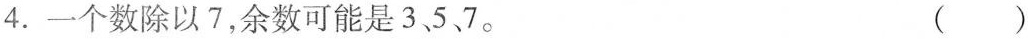
4.一个数除以7，余数可能是3、5、7。（ ）